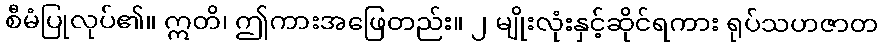
စီမံပြုလုပ်၏။ ဣတိ၊ ဤကားအဖြေတည်း။ ၂ မျိုးလုံးနှင့်ဆိုင်ရကား ရုပ်သဟဇာတ